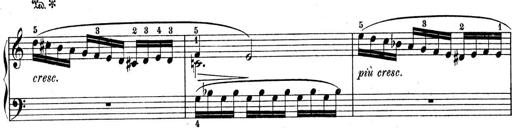
Title: 9 Sonatinen
Composer: Alexander Winterberger